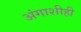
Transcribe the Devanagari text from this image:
अंगाशीही